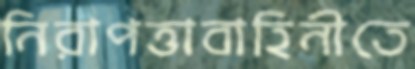
নিরাপত্তাবাহিনীতে